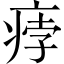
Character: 𤶽